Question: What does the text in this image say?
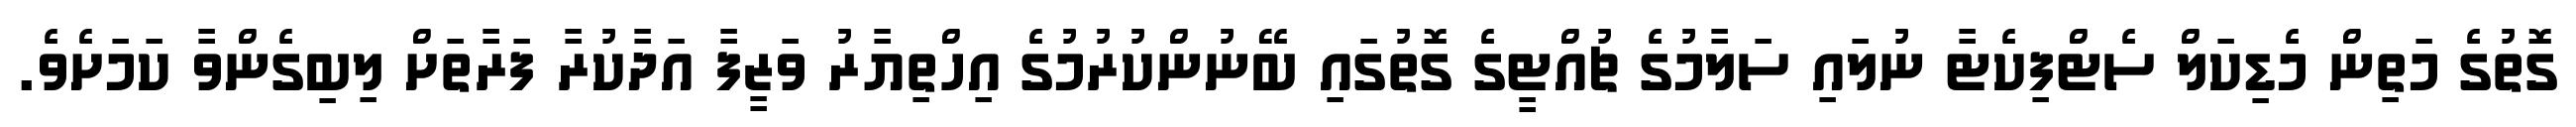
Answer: ގޮތުގެ މަތިން މެޑިކަލް ސެޓްފިކެޓާ ނުލައި ސަލާމުގެ ޗުއްޓީގެ ގޮތުގައި ބޭނުންކުރުމުގެ އިހްތިޔާރު ވަޒީފާ އަދާކުރާ ފަރާތަށް ލިބިގެންވާ ކަމަށެވެ.